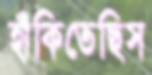
হাঁকিতেছিস